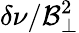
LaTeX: \delta\nu/\mathcal{B}_{\perp}^{2}